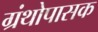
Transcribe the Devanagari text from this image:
ग्रंथोपासक